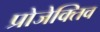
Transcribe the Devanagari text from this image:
प्रोजेक्तिव